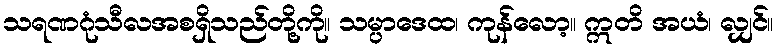
သရဏဂုံသီလအစရှိသည်တို့ကို။ သမ္ပာဒေထ၊ ကုန်လော့။ ဣတိ အယံ၊ လျှင်။